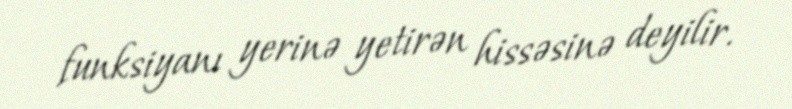
funksiyanı yerinə yetirən hissəsinə deyilir.